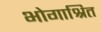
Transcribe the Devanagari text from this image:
भोगाश्रित